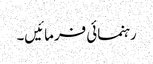
رہنمائی فرمائیں۔